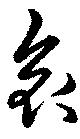
哀